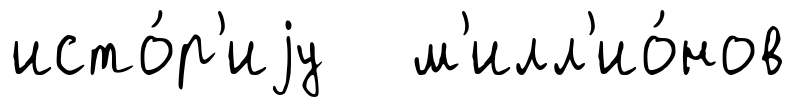
исто́р'иjу м'илл'ио́нов